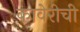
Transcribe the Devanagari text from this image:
कावेरीची